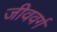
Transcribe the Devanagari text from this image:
जीववर्ग